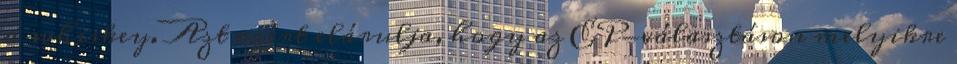
a whiskey. Azt azért elárulja, hogy az EP-választáson melyikre